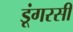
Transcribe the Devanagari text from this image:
डूंगरसी